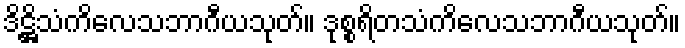
ဒိဋ္ဌိသံကိလေသဘာဂီယသုတ်။ ဒုစ္စရိတသံကိလေသဘာဂီယသုတ်။